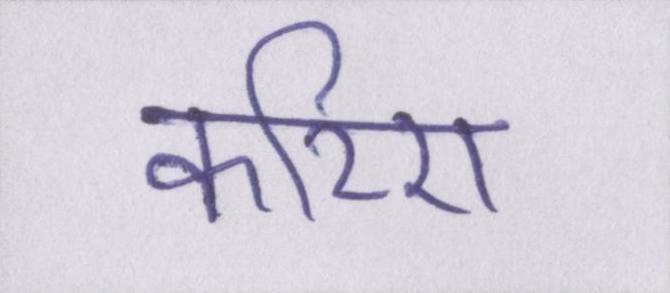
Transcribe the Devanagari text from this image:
करिए